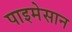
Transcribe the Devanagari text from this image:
पाइमेसान